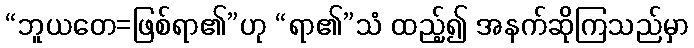
“ဘူယတေ=ဖြစ်ရာ၏”ဟု “ရာ၏”သံ ထည့်၍ အနက်ဆိုကြသည်မှာ